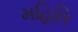
મહિતિ